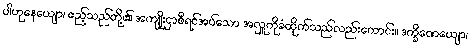
ပါဟုနေယျော၊ ဧည့်သည်တို့၏ အကျိုးငှာစီရင်အပ်သော အလှူကိုခံထိုက်သည်လည်းကောင်း။ ဒက္ခိဏေယျော၊